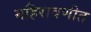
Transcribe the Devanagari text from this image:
महिरावणीत